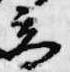
高